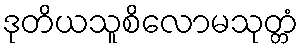
ဒုတိယသူစိလောမသုတ္တံ